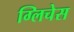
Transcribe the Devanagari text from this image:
ग्लिचेस